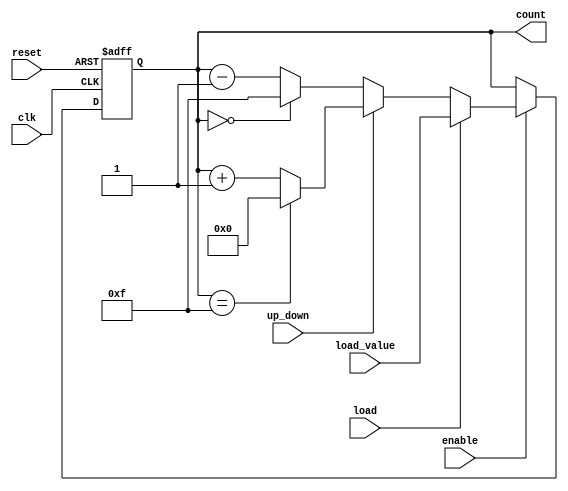
module synchronous_counter (
    input wire clk,          // Clock signal
    input wire reset,        // Asynchronous reset signal
    input wire enable,       // Enable signal
    input wire load,         // Load signal
    input wire up_down,      // Count direction: 1 for up, 0 for down
    input wire [N-1:0] load_value, // Value to load into the counter
    output reg [N-1:0] count // Current count value
);
    parameter N = 4; // Define the bit width of the counter

    // Asynchronous reset
    always @(posedge clk or posedge reset) begin
        if (reset) begin
            count <= 0; // Reset the counter to 0
        end else if (enable) begin
            if (load) begin
                count <= load_value; // Load the specified value
            end else if (up_down) begin
                // Up counting
                if (count == (2**N - 1)) begin
                    count <= 0; // Wrap around to 0 on overflow
                end else begin
                    count <= count + 1; // Increment the count
                end
            end else begin
                // Down counting
                if (count == 0) begin
                    count <= (2**N - 1); // Wrap around to max on underflow
                end else begin
                    count <= count - 1; // Decrement the count
                end
            end
        end
    end
endmodule